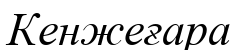
Кенжеғара